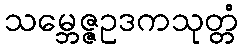
သမ္ဘေဇ္ဇဥဒကသုတ္တံ